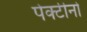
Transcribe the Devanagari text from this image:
पेक्टीनो